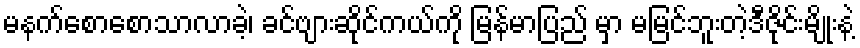
မနက်စောစောသာလာခဲ့၊ ခင်ဗျားဆိုင်ကယ်ကို မြန်မာပြည် မှာ မမြင်ဘူးတဲ့ဒီဇိုင်းမျိုးနဲ့